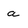
Character: a